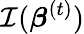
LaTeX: {\mathcal{I}}({\boldsymbol{\beta}}^{(t)})